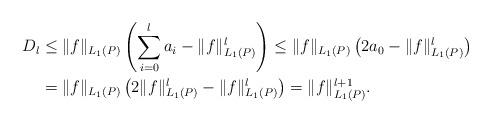
LaTeX: \begin{align*} D_l & \leq \|f\|_{L_1(P)} \left( \sum_{i=0}^l a_i - \|f\|_{L_1(P)}^l \right) \leq \|f\|_{L_1(P)} \left( 2 a_0 - \|f\|_{L_1(P)}^l \right)\\& = \|f\|_{L_1(P)} \left( 2 \|f\|_{L_1(P)}^l - \|f\|_{L_1(P)}^l \right) = \|f\|_{L_1(P)}^{l+1}.\end{align*}